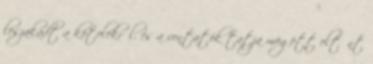
leszakadt a kötelekről, és a vontatók tatja mögött eltűnt